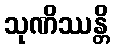
သုဏိဿန္တိ